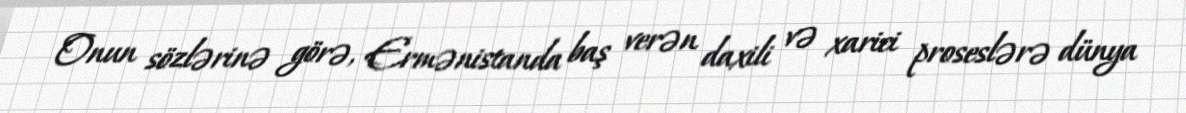
Onun sözlərinə görə, Ermənistanda baş verən daxili və xarici proseslərə dünya